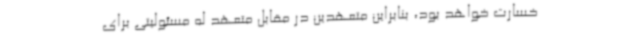
خسارت خواهد بود، بنابراین متعهدین در مقابل متعهد له مسئولیتی برای